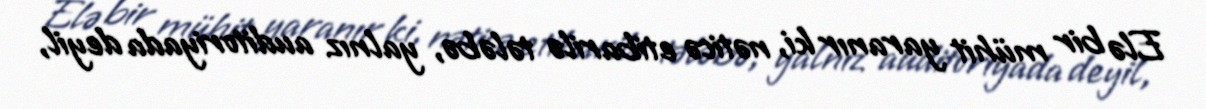
Elə bir mühit yaranır ki, nəticə etibarilə tələbə, yalnız auditoriyada deyil,